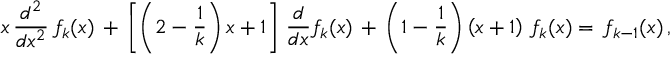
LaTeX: x \, \frac { d ^ { 2 } } { d x ^ { 2 } } \, f _ { k } ( x ) \, + \, \left[ \left( 2 - \frac 1 k \right) x + 1 \right] \, \frac d { d x } f _ { k } ( x ) \, + \, \left( 1 - \frac 1 k \right) \left( x + 1 \right) \, f _ { k } ( x ) = \, f _ { k - 1 } ( x ) \, ,